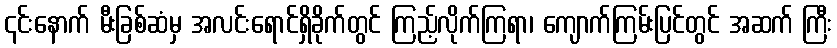
၎င်းနောက် မီးခြစ်ဆံမှ အလင်းရောင်ရှိခိုက်တွင် ကြည့်လိုက်ကြရာ၊ ကျောက်ကြမ်းပြင်တွင် အဆက် ကြီး